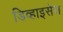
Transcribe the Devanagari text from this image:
डिव्हाइसेस